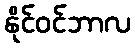
နိုင်ဝင်ဘာလ